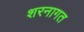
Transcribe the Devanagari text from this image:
शरनागत